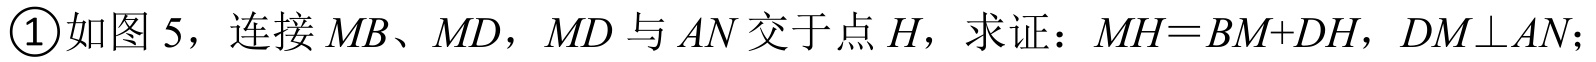
\textcircled{1}如图 5，连接$MB、MD$，$MD$与$AN$交于点$H$，求证：$MH = BM + DH$，$DM\perp AN$；